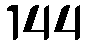
144